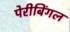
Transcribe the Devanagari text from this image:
पेरीबिंगल